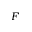
F